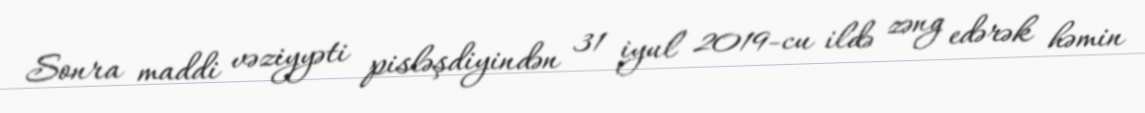
Sonra maddi vəziyyəti pisləşdiyindən 31 iyul 2019-cu ildə zəng edərək həmin